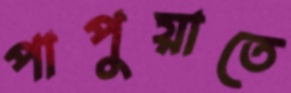
পাপুয়াতে